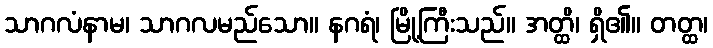
သာဂလံနာမ၊ သာဂလမည်သော။ နဂရံ၊ မြို့ကြီးသည်။ အတ္ထိ၊ ရှိ၏။ တတ္ထ၊